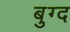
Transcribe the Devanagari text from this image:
बुग्द